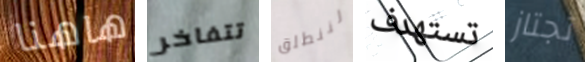
هاهنا تتفاخر لننطلق تستهدف تجتاز